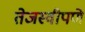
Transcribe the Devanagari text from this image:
तेजस्वीपणे